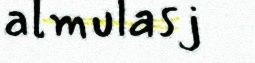
almulasj